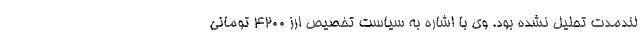
لندمدت تحلیل نشده بود. وی با اشاره به سیاست تخصیص ارز ۴۲۰۰ تومانی